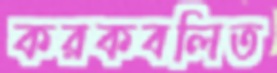
করকবলিত